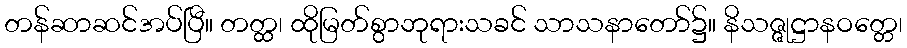
တန်ဆာဆင်အပ်ပြီ။ တတ္ထ၊ ထိုမြတ်စွာဘုရားသခင် သာသနာတော်၌။ နိသဇ္ဇုဋ္ဌာနဝတ္တေ၊